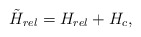
\begin{align*}\tilde{H}_{rel}=H_{rel}+H_{c},\end{align*}